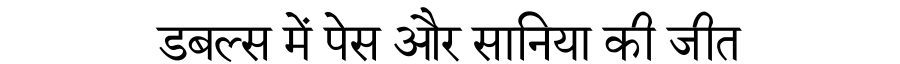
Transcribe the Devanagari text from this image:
डबल्स में पेस और सानिया की जीत